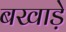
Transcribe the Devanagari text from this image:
बखाड़े